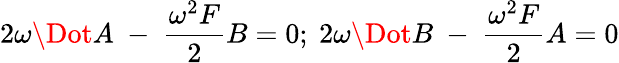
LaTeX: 2\omega\Dot{A}\ -\ \frac{\omega^{2}F}{2}B=0;\ 2\omega\Dot{B}\ -\ \frac{\omega^{2}F}{2}A=0